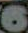
6